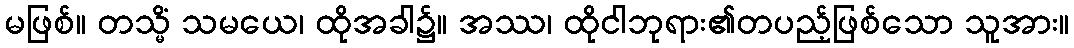
မဖြစ်။ တသ္မိံ သမယေ၊ ထိုအခါ၌။ အဿ၊ ထိုငါဘုရား၏တပည့်ဖြစ်သော သူအား။